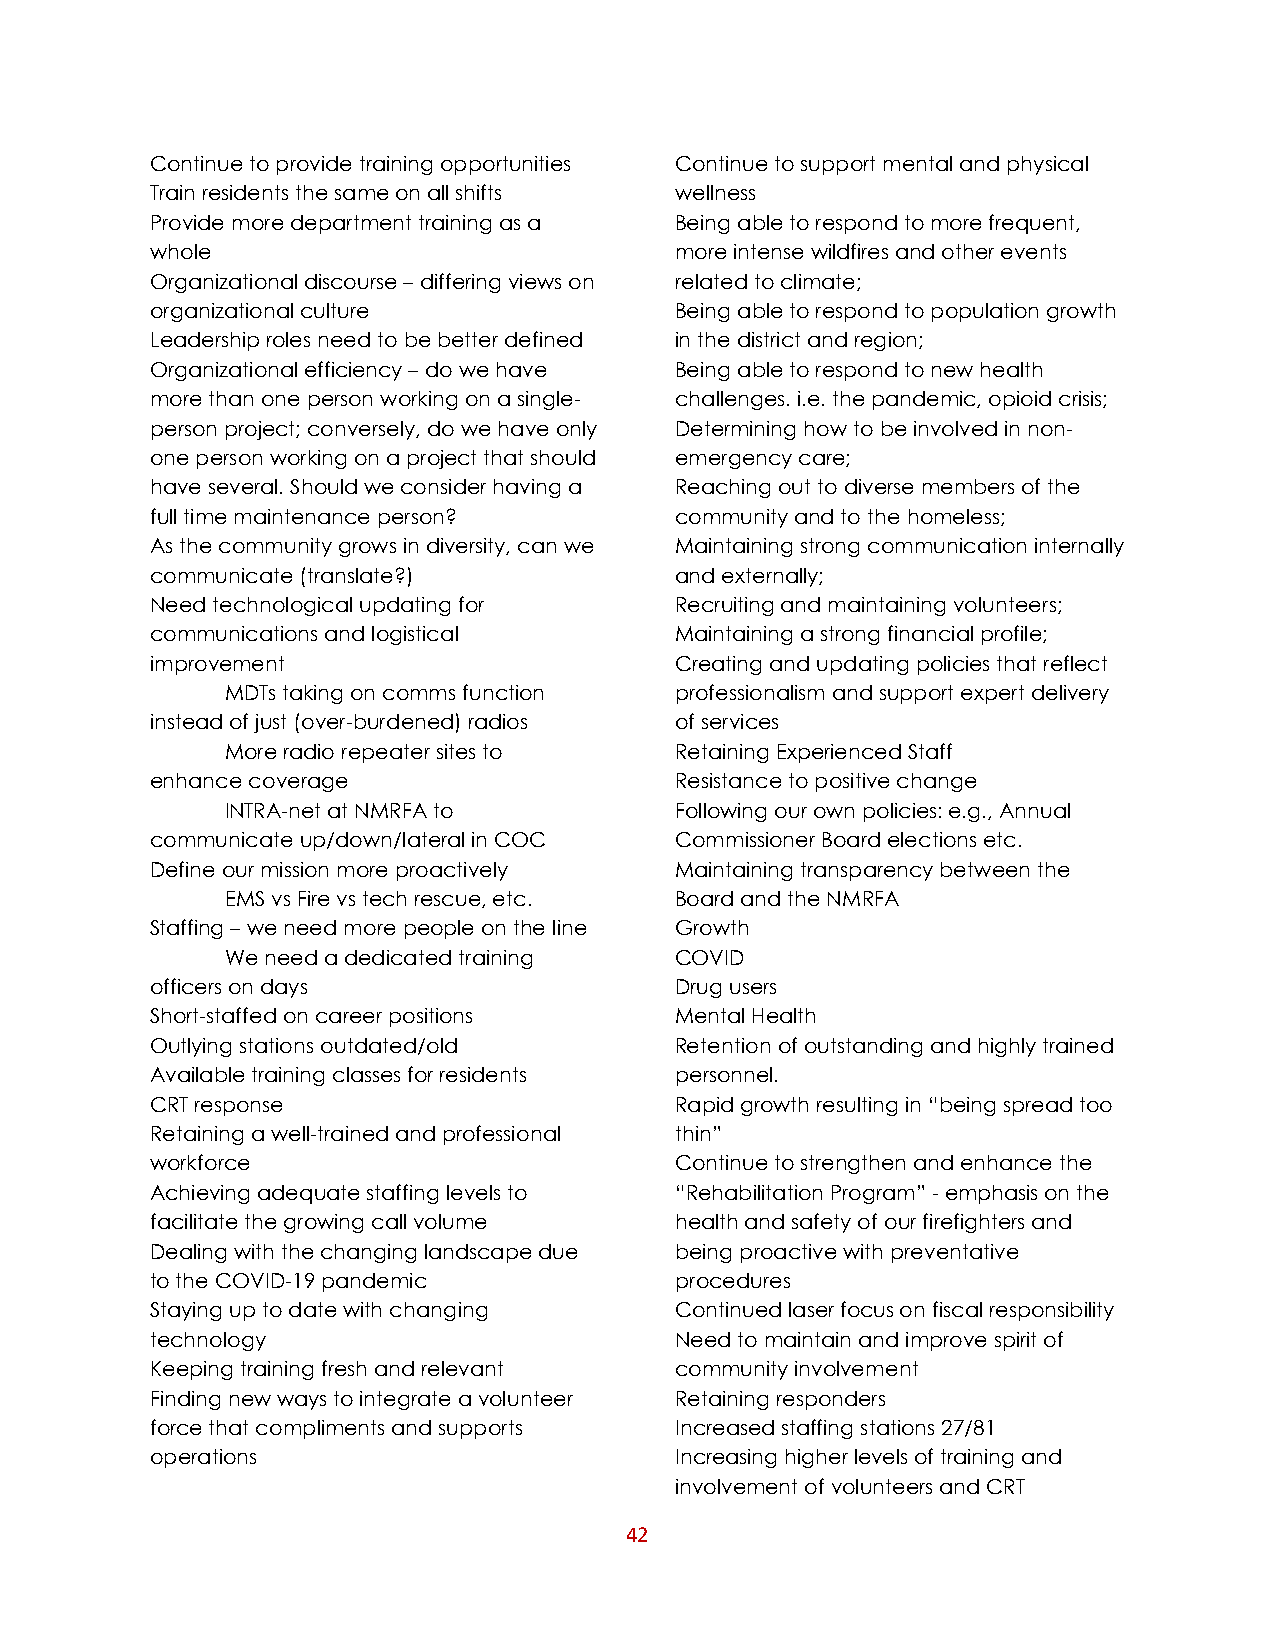
Continue to provide training opportunities Continue to support mental and physical
 Train residents the same on all shifts wellness
 Provide more department training as a Being able to respond to more frequent,
 whole                              more intense wildfires and other events
 Organizational discourse – differing views on related to climate;
 organizational culture             Being able to respond to population growth
 Leadership roles need to be better defined in the district and region;
 Organizational efficiency – do we have Being able to respond to new health
 more than one person working on a single- challenges. i.e. the pandemic, opioid crisis;
 person project; conversely, do we have only Determining how to be involved in non-
 one person working on a project that should emergency care;
 have several. Should we consider having a Reaching out to diverse members of the
 full time maintenance person?      community and to the homeless;
 As the community grows in diversity, can we Maintaining strong communication internally
 communicate (translate?)           and externally;
 Need technological updating for    Recruiting and maintaining volunteers;
 communications and logistical      Maintaining a strong financial profile;
 improvement                        Creating and updating policies that reflect
 MDTs taking on comms function professionalism and support expert delivery
 instead of just (over-burdened) radios of services
 More radio repeater sites to  Retaining Experienced Staff
 enhance coverage                   Resistance to positive change
 INTRA-net at NMRFA to         Following our own policies: e.g., Annual
 communicate up/down/lateral in COC Commissioner Board elections etc.
 Define our mission more proactively Maintaining transparency between the
 EMS vs Fire vs tech rescue, etc. Board and the NMRFA
 Staffing – we need more people on the line Growth
 We need a dedicated training  COVID
 officers on days                   Drug users
 Short-staffed on career positions  Mental Health
 Outlying stations outdated/old     Retention of outstanding and highly trained
 Available training classes for residents personnel.
 CRT response                       Rapid growth resulting in “being spread too
 Retaining a well-trained and professional thin”
 workforce                          Continue to strengthen and enhance the
 Achieving adequate staffing levels to “Rehabilitation Program” - emphasis on the
 facilitate the growing call volume health and safety of our firefighters and
 Dealing with the changing landscape due being proactive with preventative
 to the COVID-19 pandemic           procedures
 Staying up to date with changing   Continued laser focus on fiscal responsibility
 technology                         Need to maintain and improve spirit of
 Keeping training fresh and relevant community involvement
 Finding new ways to integrate a volunteer Retaining responders
 force that compliments and supports Increased staffing stations 27/81
 operations                         Increasing higher levels of training and
 involvement of volunteers and CRT
 42